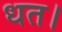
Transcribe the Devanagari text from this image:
धत।